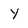
Character: Y